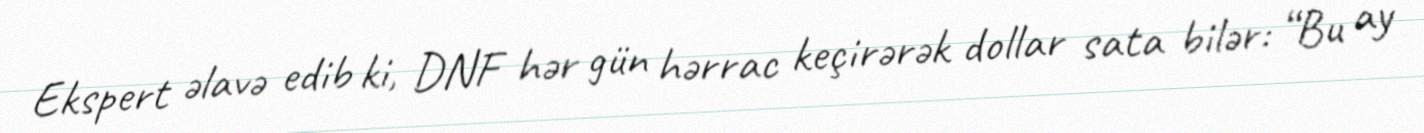
Ekspert əlavə edib ki, DNF hər gün hərrac keçirərək dollar sata bilər: “Bu ay